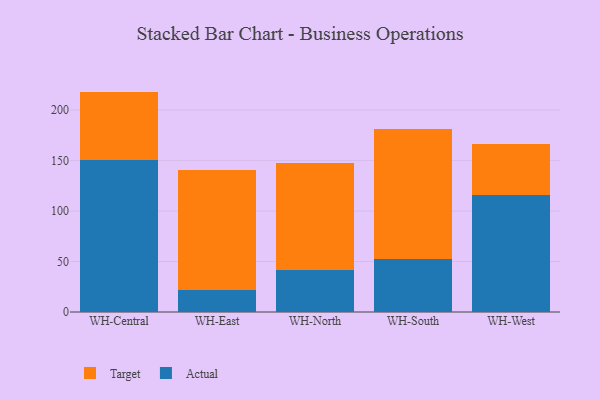
{"axis": {"x": "Warehouse", "y": "Inventory Turnover"}, "legend": ["Actual", "Target"], "data": [{"x": "WH-Central", "y": 150.9, "type": "Actual"}, {"x": "WH-Central", "y": 67.4, "type": "Target"}, {"x": "WH-East", "y": 22.0, "type": "Actual"}, {"x": "WH-East", "y": 118.3, "type": "Target"}, {"x": "WH-North", "y": 41.3, "type": "Actual"}, {"x": "WH-North", "y": 106.4, "type": "Target"}, {"x": "WH-South", "y": 52.3, "type": "Actual"}, {"x": "WH-South", "y": 129.3, "type": "Target"}, {"x": "WH-West", "y": 115.6, "type": "Actual"}, {"x": "WH-West", "y": 51.1, "type": "Target"}]}